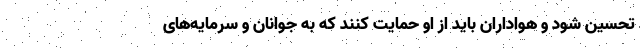
تحسین شود و هواداران باید از او حمایت کنند که به جوانان و سرمایه‌های